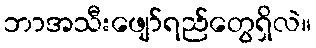
ဘာအသီးဖျော်ရည်တွေရှိလဲ။